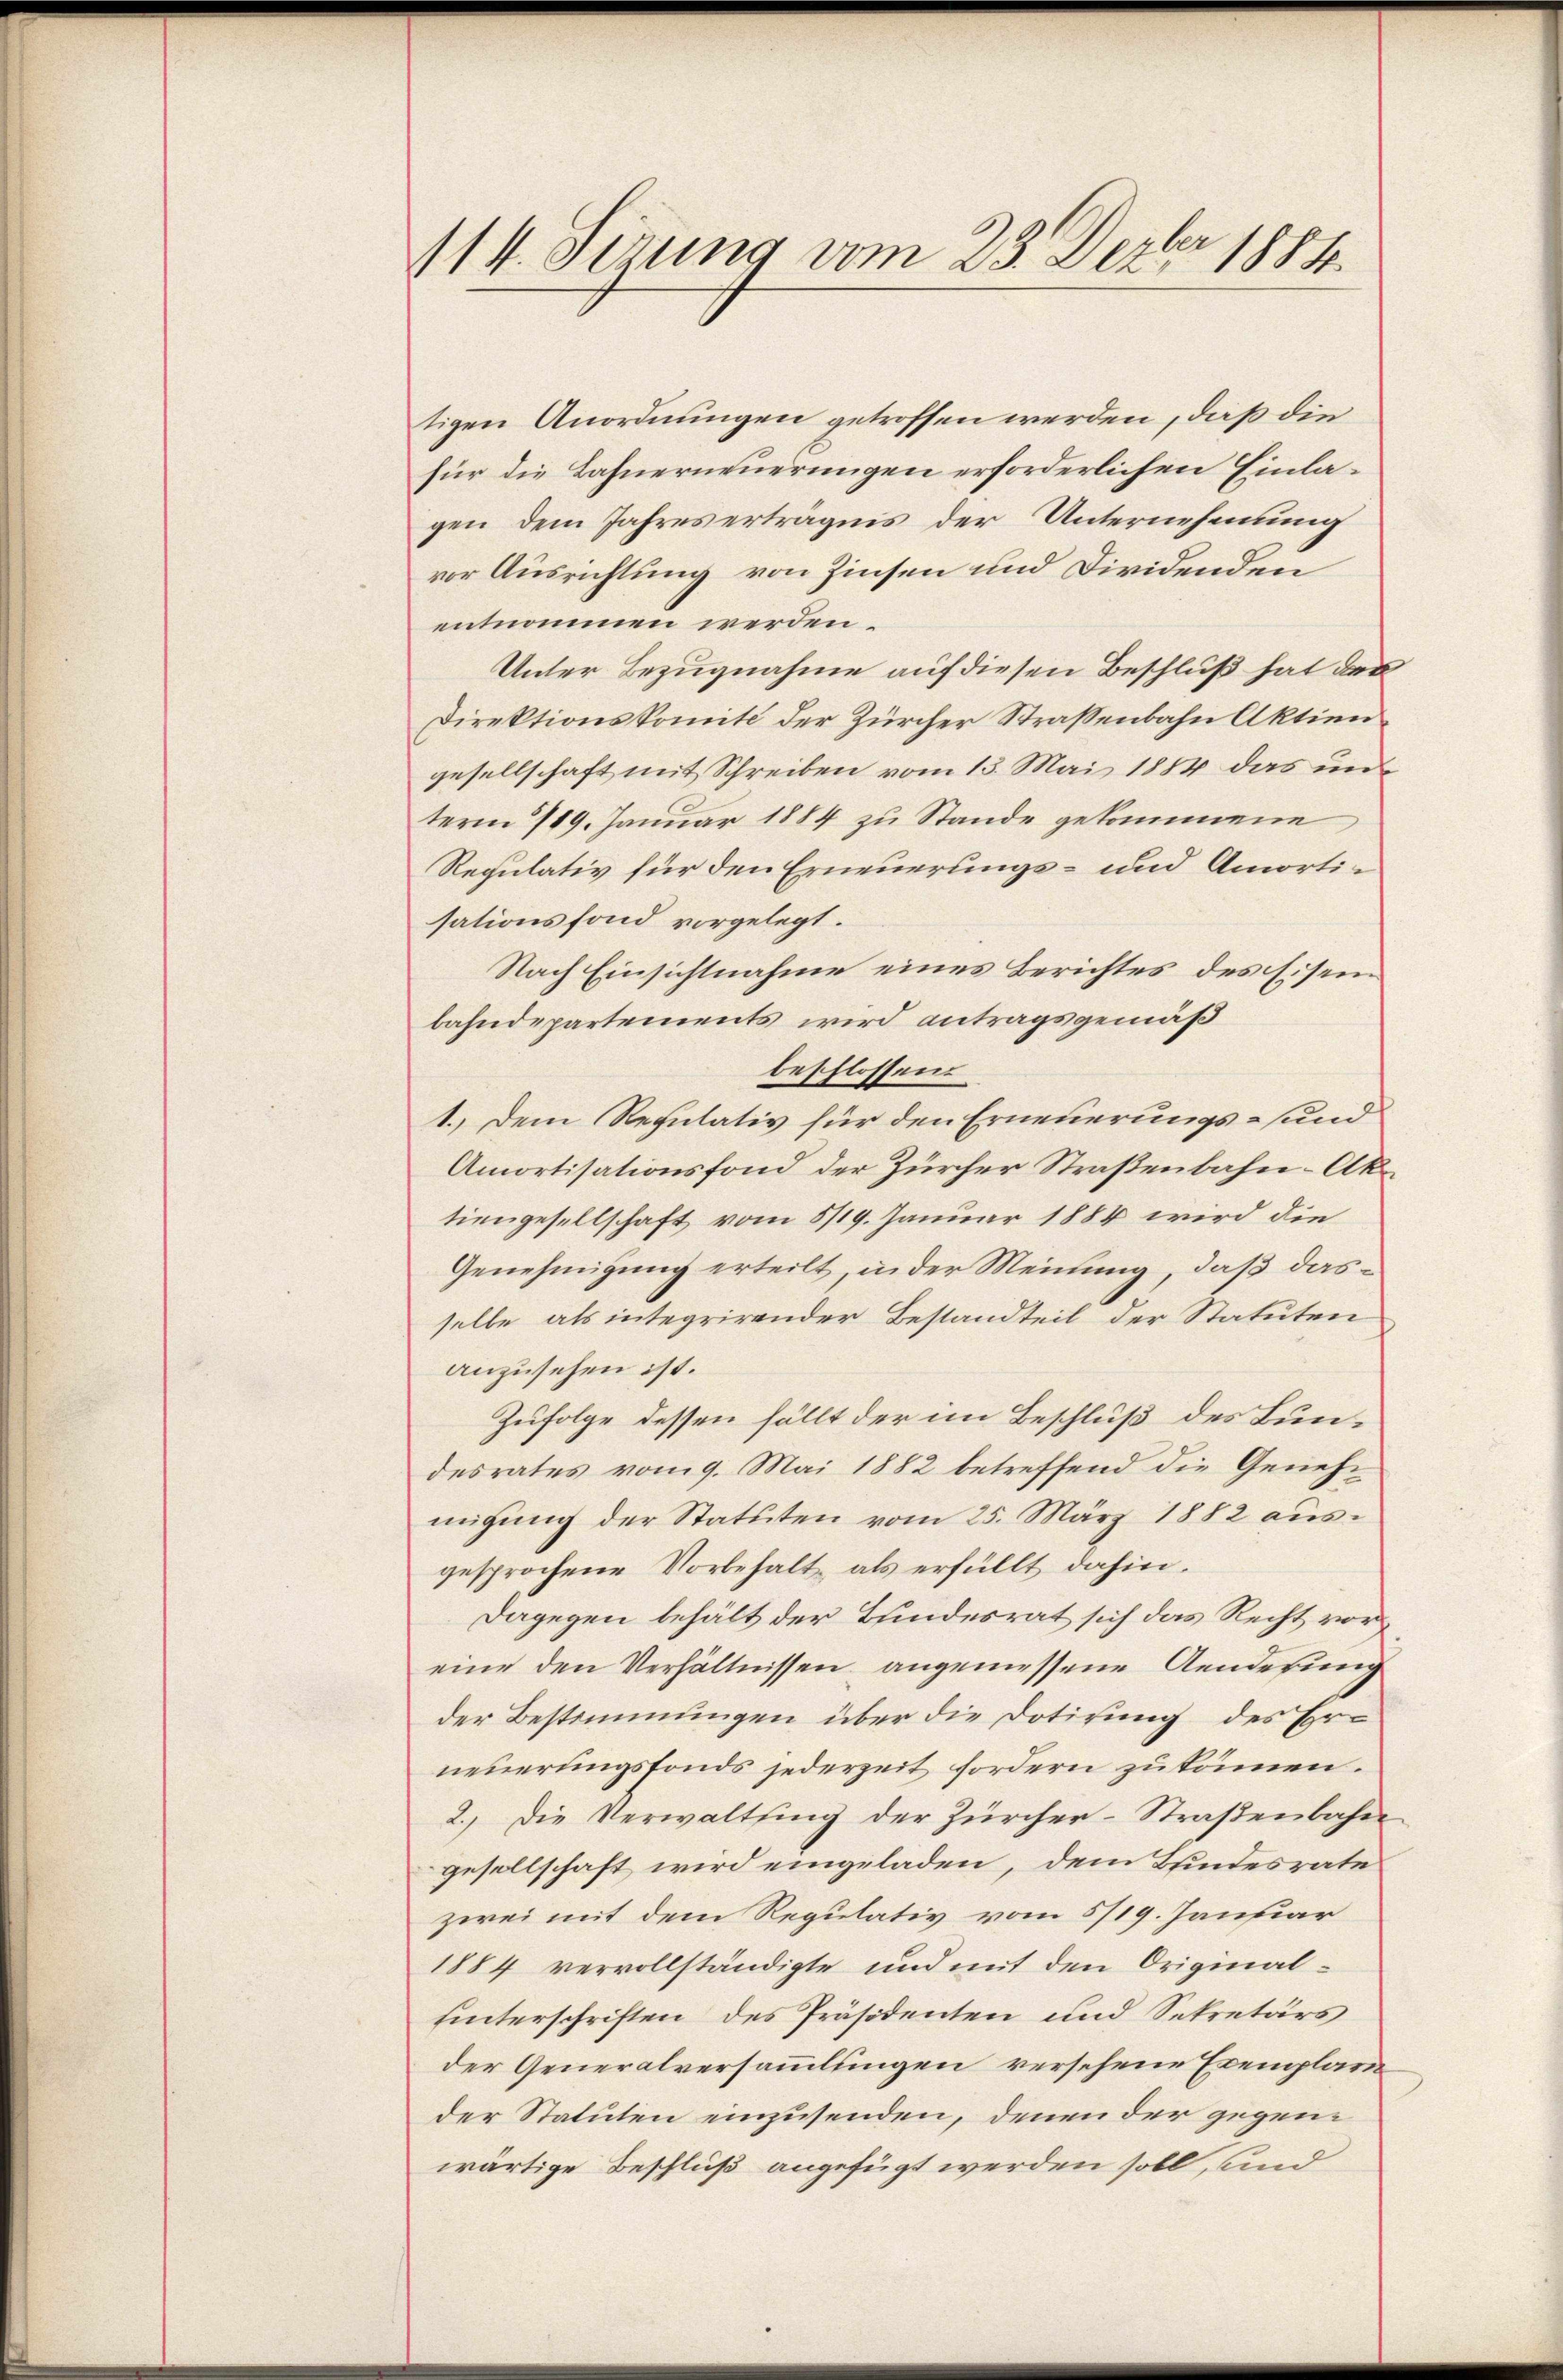
114. Serung vom 23. Dezbr 1884.

tigen Anordnungen getroffen werden, daß die
für die Bahnerneuerungen erforderlichen Einlagen dem Jahreserträgnis der Unternehmung
vor Ausrichtung von Zinsen und Dividenden
entnommen werden.
Unter Bezugnahme auf diesen Beschluß hat des
Direktionskomite der Zürcher Strassenbahn Aktiengesellschaft mit Schreiben vom 13. Mai 1884 das unterm 119. Januar 1884 zu Stande gekommene
Regulativ für den Erneuerungs- und Amortisationsfond vorgelegt.
Nach Einsichtnahme eines Berichtes des Eisen
bahndepartements wird antragsgemäß
beschlossen
1.) Dem Regulativ für den Erneuerungs- und
Amortisationsfond der Zürcher Straßenbahn-Aktiengesellschaft vom 5/19. Januar 1884 wird die
Genehmigung erteilt, in der Meinung, daß dasselbe als integrirender Bestandteil der Statuten
anzusehen ist.
Zufolge dessen fällt der im Beschluß des Bundesrates vom 9. Mai 1882 betreffend die Genehmigŭng der Statuten vom 25. März 1882 ausgesprochene Vorbehalt, als erfüllt dahin.
Dagegen behält der Bundesrat sich das Recht voreine den Verhältnissen angemessene Aenderung
der Bestimmungen über die Dotirung des Erneuerungsfonds jederzeit fordern zu können.
2.) Die Verwaltsing der Zürcher-Straßenbahn
gesellschaft wird eingeladen, dem Bundesrate
zwei mit dem Regulativ vom 5/19. Januar
1884 vervollständigte und mit den Originalunterschriften des Präsidenten und Sekretärs
der Generalversammlungen versehene Exemplare
der Statuten einzusenden, denen der gegenwärtige Beschluß angefügt werden soll, und